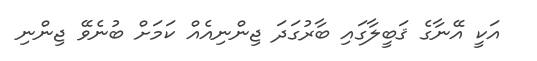
އަކީ އޭނާގެ ޤަބީލާގައި ބާރުގަދަ ޖިންނިއެއް ކަމަށް ބުނެވޭ ޖިންނި